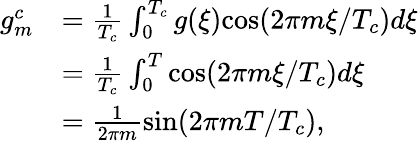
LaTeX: \begin{array}{rl}{g_{m}^{c}}&{=\frac{1}{T_{c}}\int_{0}^{T_{c}}g(\xi)\mathrm{cos}(2\pi m\xi/T_{c})d\xi}\\ &{=\frac{1}{T_{c}}\int_{0}^{T}\mathrm{cos}(2\pi m\xi/T_{c})d\xi}\\ &{=\frac{1}{2\pi m}\mathrm{sin}(2\pi mT/T_{c}),}\end{array}